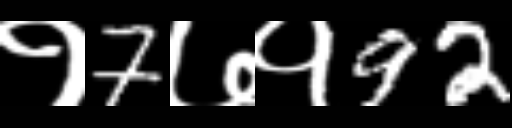
Text: १7७१92